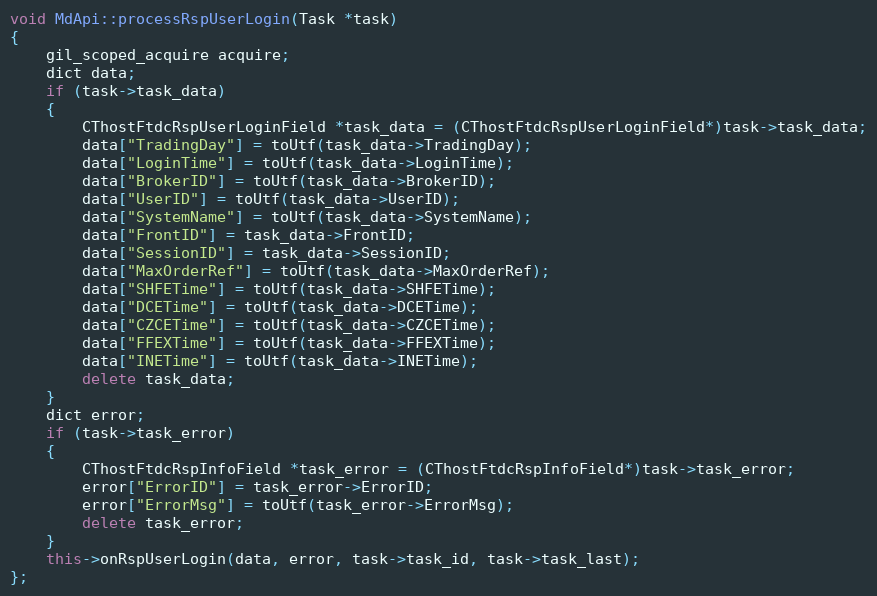
Language: C++
void MdApi::processRspUserLogin(Task *task)
{
	gil_scoped_acquire acquire;
	dict data;
	if (task->task_data)
	{
		CThostFtdcRspUserLoginField *task_data = (CThostFtdcRspUserLoginField*)task->task_data;
		data["TradingDay"] = toUtf(task_data->TradingDay);
		data["LoginTime"] = toUtf(task_data->LoginTime);
		data["BrokerID"] = toUtf(task_data->BrokerID);
		data["UserID"] = toUtf(task_data->UserID);
		data["SystemName"] = toUtf(task_data->SystemName);
		data["FrontID"] = task_data->FrontID;
		data["SessionID"] = task_data->SessionID;
		data["MaxOrderRef"] = toUtf(task_data->MaxOrderRef);
		data["SHFETime"] = toUtf(task_data->SHFETime);
		data["DCETime"] = toUtf(task_data->DCETime);
		data["CZCETime"] = toUtf(task_data->CZCETime);
		data["FFEXTime"] = toUtf(task_data->FFEXTime);
		data["INETime"] = toUtf(task_data->INETime);
		delete task_data;
	}
	dict error;
	if (task->task_error)
	{
		CThostFtdcRspInfoField *task_error = (CThostFtdcRspInfoField*)task->task_error;
		error["ErrorID"] = task_error->ErrorID;
		error["ErrorMsg"] = toUtf(task_error->ErrorMsg);
		delete task_error;
	}
	this->onRspUserLogin(data, error, task->task_id, task->task_last);
};